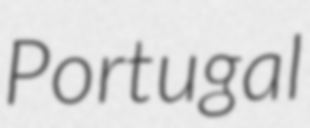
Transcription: Portugal